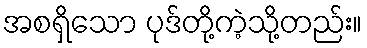
အစရှိသော ပုဒ်တို့ကဲ့သို့တည်း။